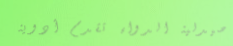
صيدلية الدواء تقدم أدوية